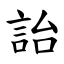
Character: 詒